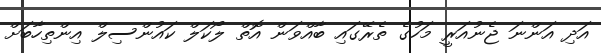
އަދި އަންނަ ޖެނުއަރީ މަހުގެ ތެރޭގައި ބާއްވަން އޮތް ލޯކަލް ކައުންސިލް އިންތިހާބަށް